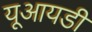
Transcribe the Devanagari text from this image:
यूआयडी